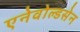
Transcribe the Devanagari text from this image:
एनेवोल्डसेन